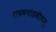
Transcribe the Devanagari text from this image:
राघवपांडवीयमु